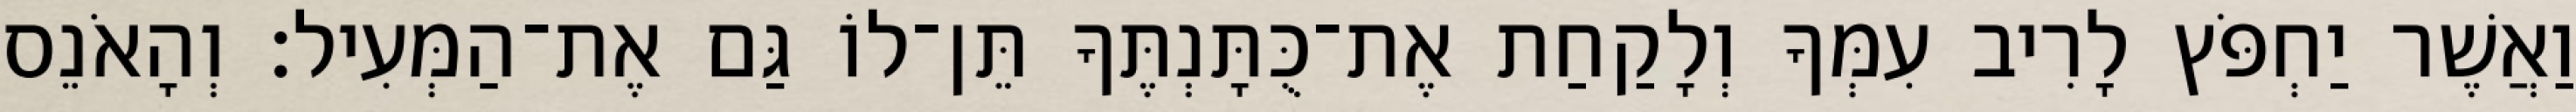
וַאֲשֶׁר יַחְפֹּץ לָרִיב עִמְּךָ וְלָקַחַת אֶת־כֻּתָּנְתֶּךָ תֵּן־לוֹ גַּם אֶת־הַמְּעִיל׃ וְהָאֹנֵס